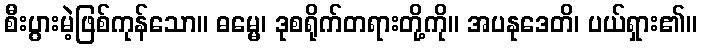
စီးပွားမဲ့ဖြစ်ကုန်သော။ ဓမ္မေ၊ ဒုစရိုက်တရားတို့ကို။ အပနုဒေတိ၊ ပယ်ရှား၏။